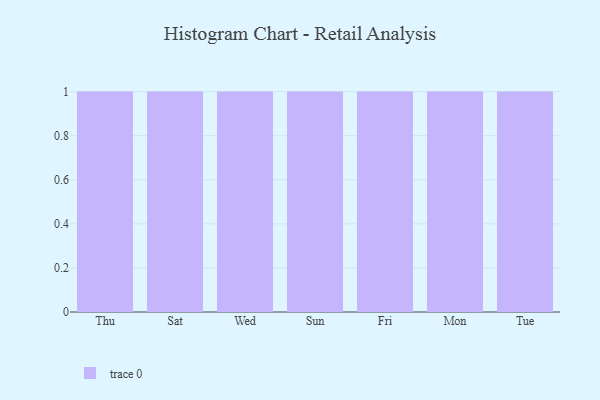
{"axis": {"x": "Day", "y": "Tickets Resolved"}, "legend": [""], "data": [{"x": "Thu", "y": 4, "type": ""}, {"x": "Sat", "y": 93, "type": ""}, {"x": "Wed", "y": 83, "type": ""}, {"x": "Sun", "y": 36, "type": ""}, {"x": "Fri", "y": 66, "type": ""}, {"x": "Mon", "y": 28, "type": ""}, {"x": "Tue", "y": 54, "type": ""}]}